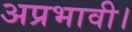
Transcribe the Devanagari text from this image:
अप्रभावी।